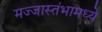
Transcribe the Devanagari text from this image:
मज्जास्तंभामध्ये